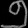
Digit: ၅